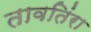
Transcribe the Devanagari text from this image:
तावतिंरा